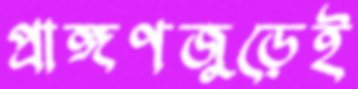
প্রাঙ্গণজুড়েই